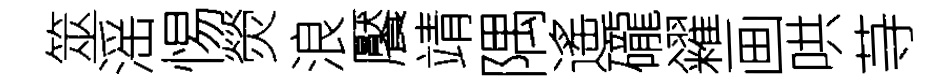
筮滛惕熒浪饜靖隅遙礲糴画哄䒭